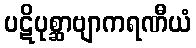
ပဋိပုစ္ဆာဗျာကရဏီယံ